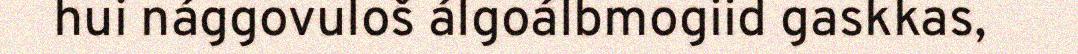
hui nággovuloš álgoálbmogiid gaskkas,